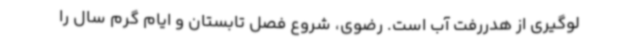
لوگیری از هدررفت آب است. رضوی، شروع فصل تابستان و ایام گرم سال را